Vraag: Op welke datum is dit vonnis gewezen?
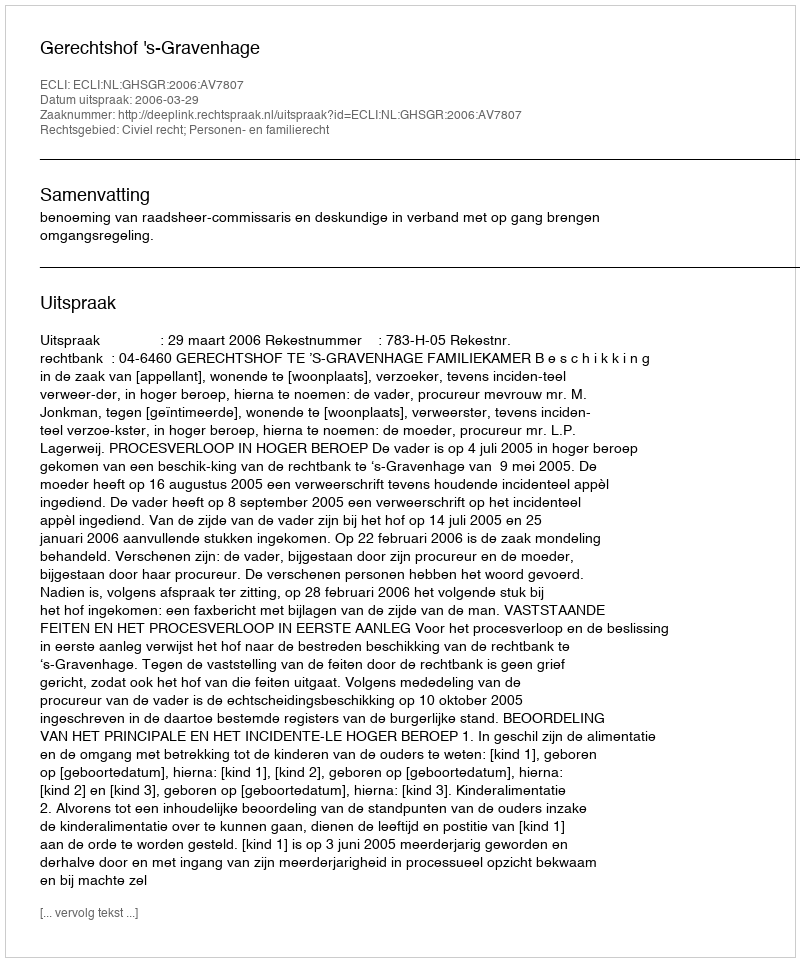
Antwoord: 2006-03-29